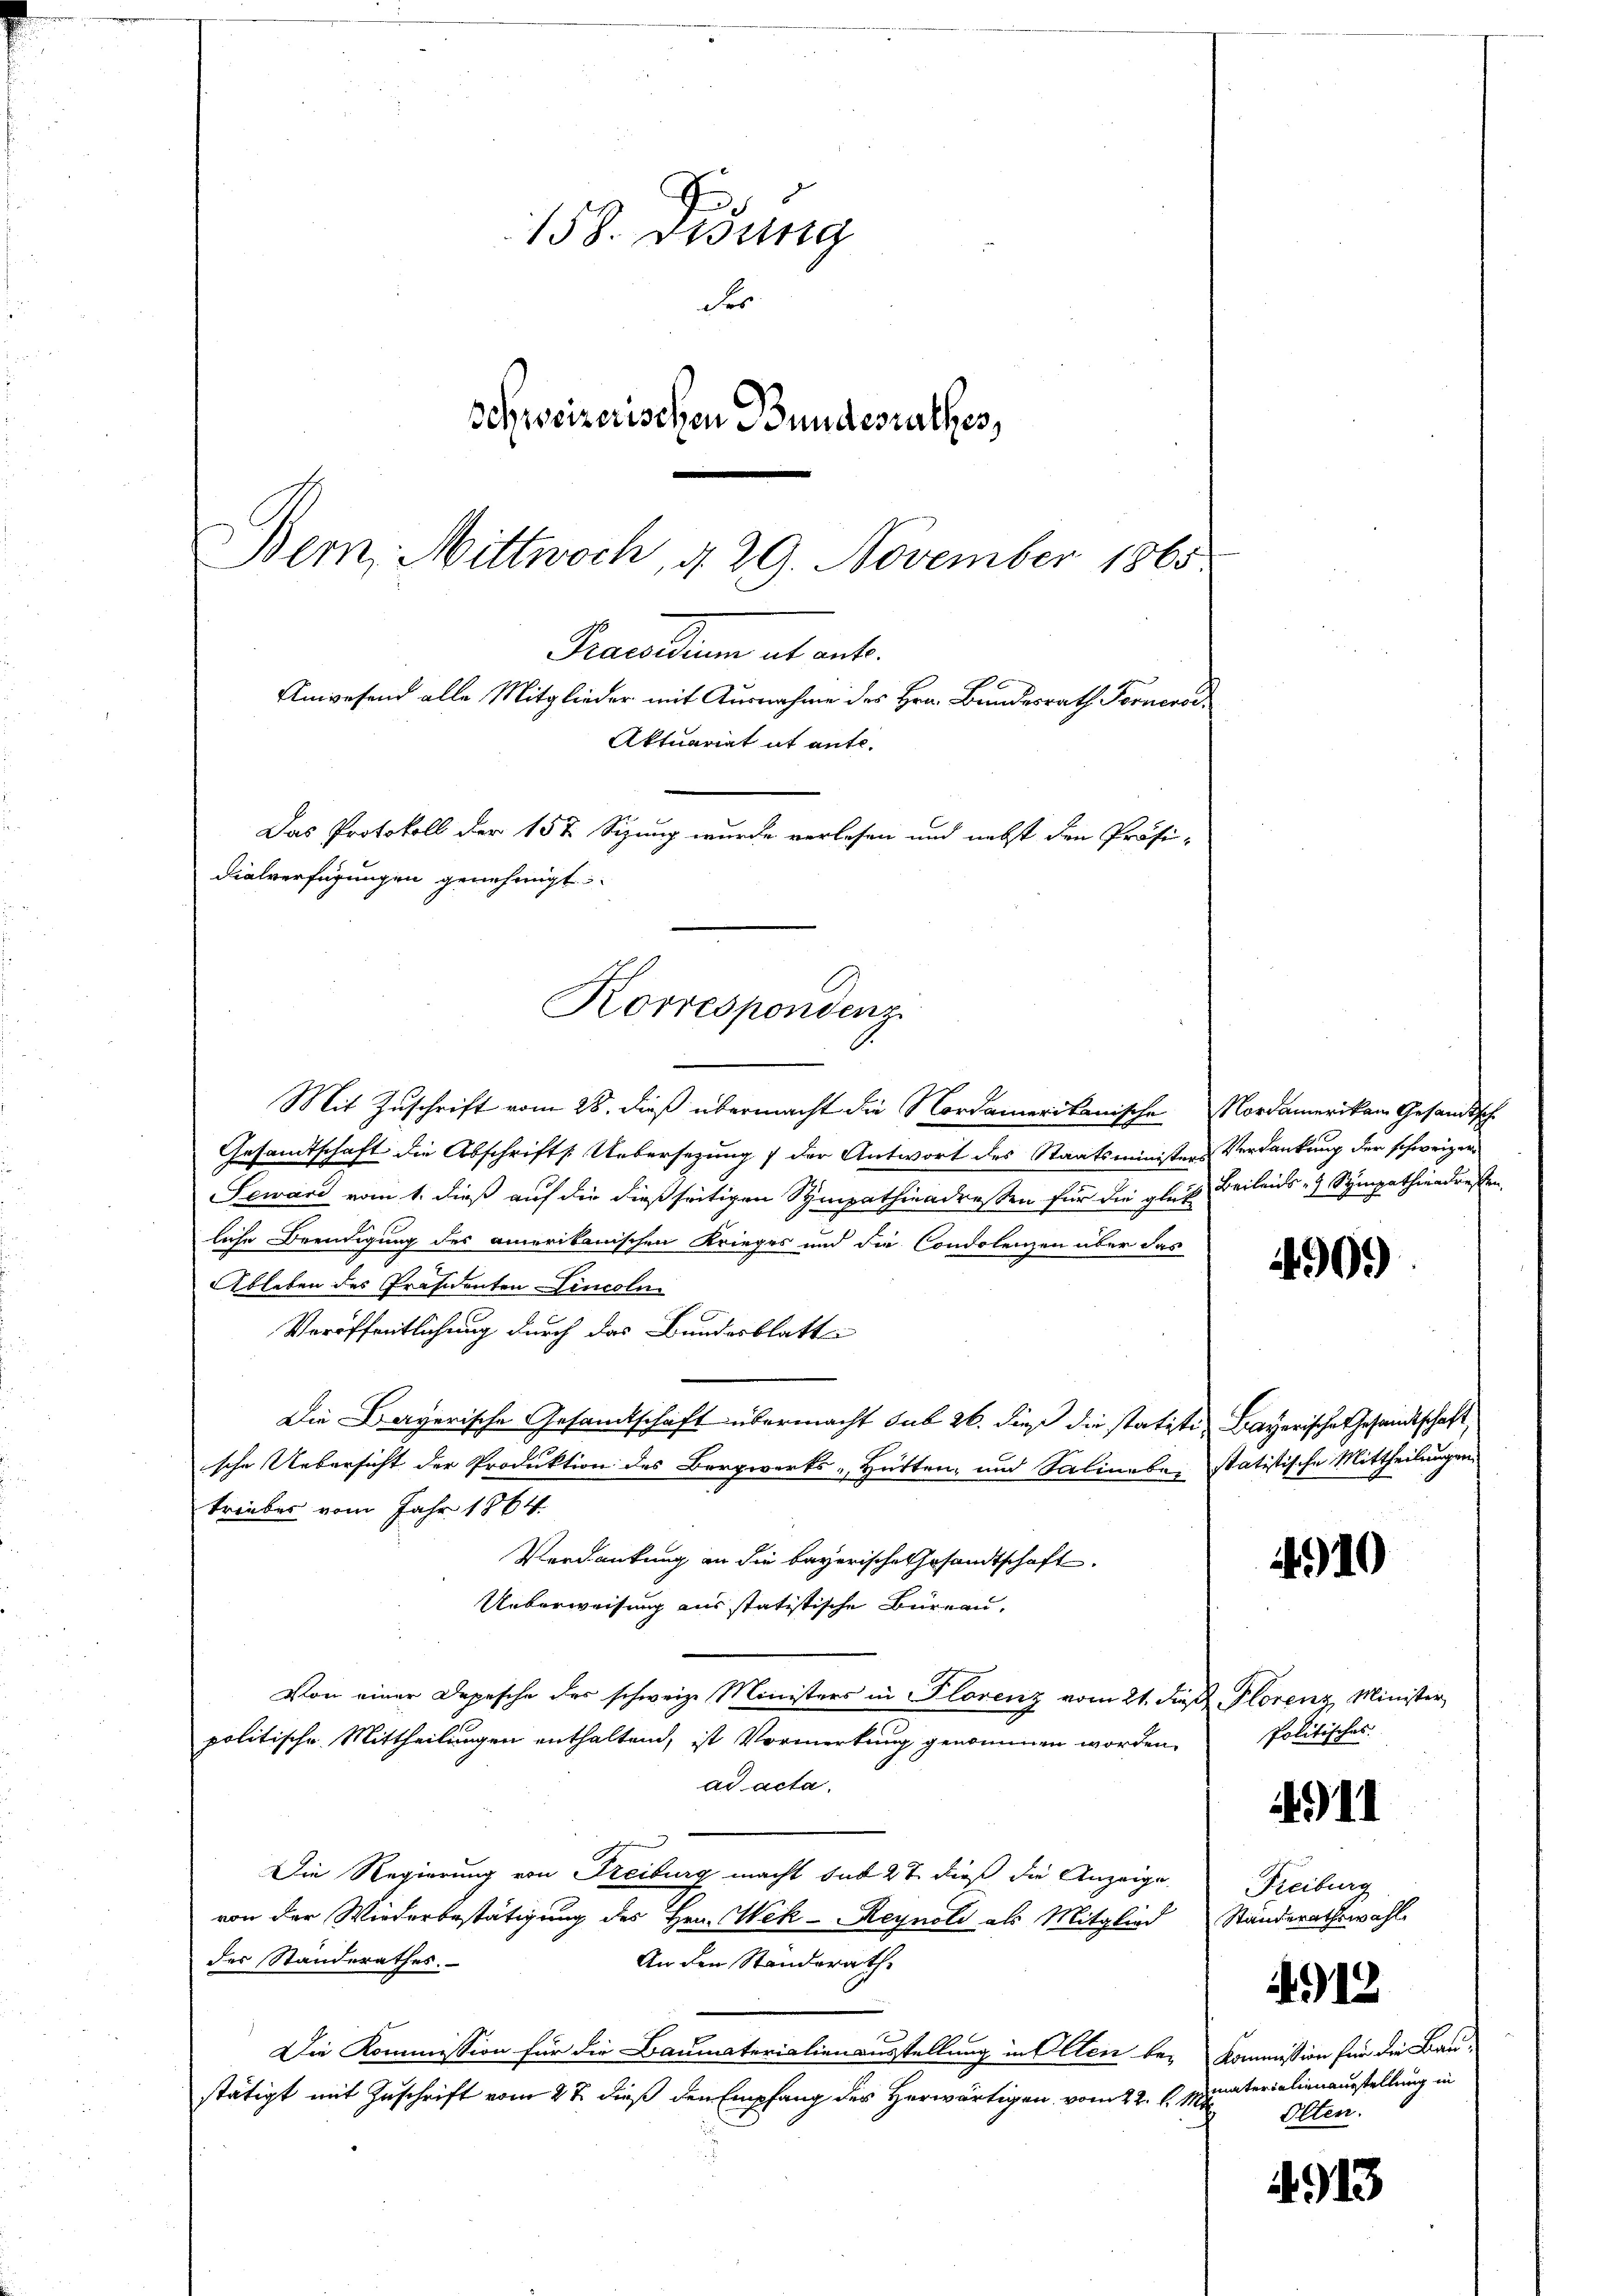
d
158. Desung
der
Schweizerischen Bundesrathes,
Bem. Mittwoch, d. 29. November 1865

Anwesend alle Mitglieder mit Ausnahme des Hrn. Bundesrath Fernersi
Aktuariat it ante.
Das Protokoll der 157 Sizung wurde verlesen und nebst den Präsi-
dialverfügungen genehmigt.
Korrespondenz

Mit Zuschrift vom 28. dieß übermacht die Nordamerikanische Nordamerikam Gesandtsche
Gesamtschaft die Abschrift: Uebersezung der Antwort des Staatsministers Verdankung der schweizer
Seward vom 1. dieß auf die dießseitigen Sympathiendressen für die gleich Beileids - Sympathiendresten.
liche Beendigung des amerikanischen Krieges und die Condolenzen über das
Ableben des Präsidenten Lincoln
Veröffentlichung durch das Bundesblatt
Die Bayerische Gesandtschaft übermacht sub 26. dieß die statiti- Bayerische Gesandtschaft
ische Uebersicht der Produktion des Bergwerks- Hütten, und Salinaben statistische Mittheilungen,
triebes vom Jahr 1864.
Verdankung an die bayerische Gesandtschaft
Ueberweisung aus statistische Büreau,
Von einer Depesche des schweize Ministers in Florenz vom 21. dieß Plorenz Minister
politische Mittheilungen enthaltend, ist Vormerkung genommen worden. Politisches
ad acta.
Die Regierung von Freiburg macht sub 27 dieß die Anzeige
von der Wiederbestätigung des Hrn. Wek-Reynold als Mitglied Standerathswahl
des Standerathes.
An den Ständerath.
Die Kommission für die Baumaterialienausstellung in Olten be- Kommission für die Bau-
stätigt mit Zuschrift vom 27. dieß den Empfang des Herwärtigen vom 22. l. Monaterialienausstellung in

Precarium et ant.

490.)

10

4911

Freiburg

4912

Olten.

4913